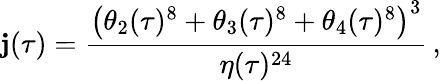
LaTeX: \mathbf{j}(\tau)=\frac{{\left(\theta_{2}(\tau)^{8}+\theta_{3}(\tau)^{8}+\theta_{4}(\tau)^{8}\right)^{3}}}{{\eta(\tau)^{24}}}\, ,